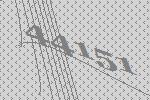
44151